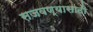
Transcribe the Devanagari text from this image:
सजवण्यासाठी